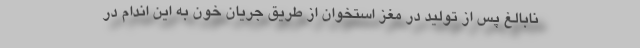
نابالغ پس از تولید در مغز استخوان از طریق جریان خون به این اندام در